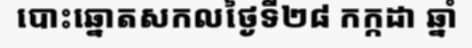
បោះឆ្នោតសកលថ្ងៃទី២៨ កក្កដា ឆ្នាំ